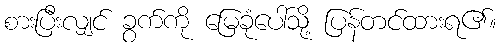
စားပြီးလျှင် ခွက်ကို မြေခုံပေါ်သို့ ပြန်တင်ထားရ၏။